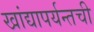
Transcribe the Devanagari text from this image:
खांद्यापर्यन्तची